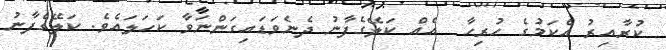
ކުރާއިރު އެކަމުގެ ހުރިހާ  އެއް ކަލޭގެފާނު ދެނެވަޑައިގަންނަވާ ކަހަލައެވެ. ކަލޭގެފާނު